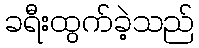
ခရီးထွက်ခဲ့သည်